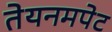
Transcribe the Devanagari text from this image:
तेयनमपेट